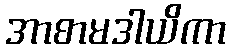
အာစာမဒါယိကာ